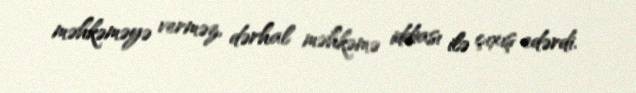
məhkəməyə verməz, dərhal məhkəmə iddiası ilə çıxış edərdi.